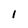
Character: 1